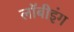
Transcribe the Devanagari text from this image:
लॉबीइंग